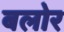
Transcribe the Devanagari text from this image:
बलोर